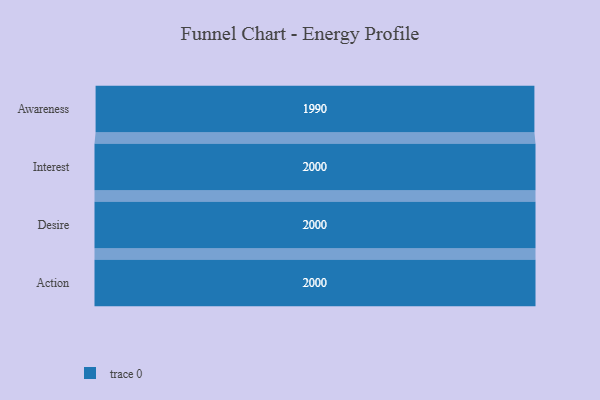
{"axis": {"x": "Stage", "y": "Value"}, "legend": [""], "data": [{"x": "Awareness", "y": 1990.0, "type": ""}, {"x": "Interest", "y": 2000, "type": ""}, {"x": "Desire", "y": 2000, "type": ""}, {"x": "Action", "y": 2000, "type": ""}]}